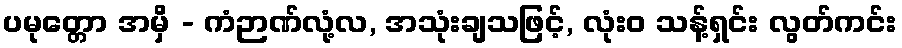
ပမုတ္တော အမှိ - ကံဉာဏ်လုံ့လ, အသုံးချသဖြင့်, လုံးဝ သန့်ရှင်း လွတ်ကင်း